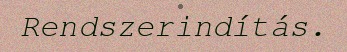
Rendszerindítás.